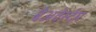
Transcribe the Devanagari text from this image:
बेअवेर्स्दम